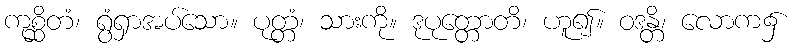
ကုစ္ဆိတံ၊ ရွံရှာအပ်သော။ ပုတ္တံ၊ သားကို။ ဒုပုတ္တောတိ၊ ဟူ၍။ ဝဒန္တိ၊ လောက၌